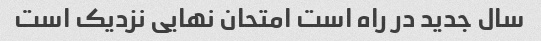
سال جدید در راه است امتحان نهایی نزدیک است